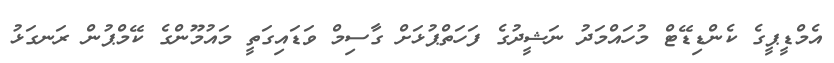
އެމްޑީޕީގެ ކެންޑިޑޭޓް މުހައްމަދު ނަޝީދުގެ ފަހަތްޕުޅަށް ގާސިމް ވަޑައިގަތީ މައުމޫންގެ ކޭމްޕުން ރަނގަޅު